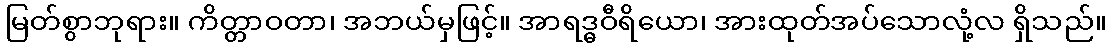
မြတ်စွာဘုရား။ ကိတ္တာဝတာ၊ အဘယ်မှဖြင့်။ အာရဒ္ဓဝီရိယော၊ အားထုတ်အပ်သောလုံ့လ ရှိသည်။